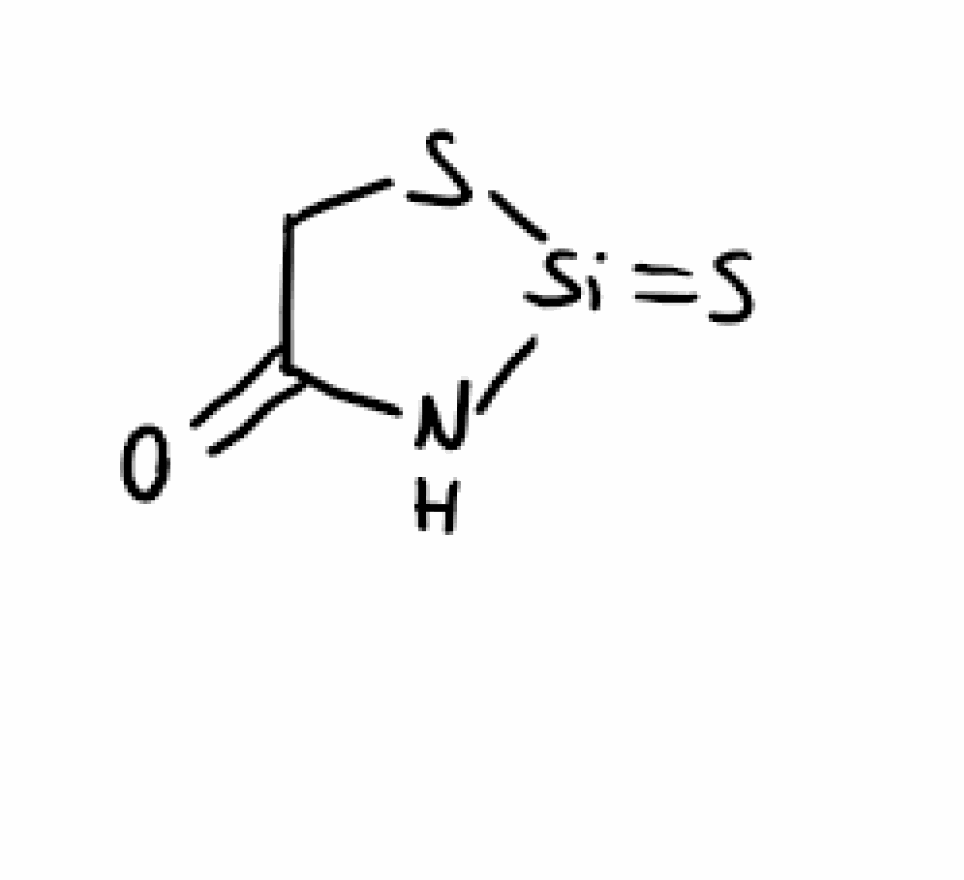
Simplified molecular-input line-entry system (SMILES) notation of the given molecule:
C1C(=O)N[Si](=S)S1